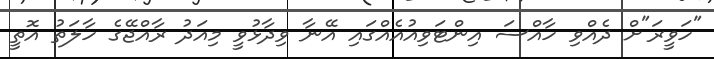
"ހަވީރަ"ށް ދެއްވި ހާއްސަ އިންޓަވިއުއެއްގައި އޭނާ ވިދާޅުވީ މިއަދު ރާއްޖޭގެ ހާލަތު އޮތީ